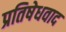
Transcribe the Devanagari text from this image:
प्रतिषेधवाद